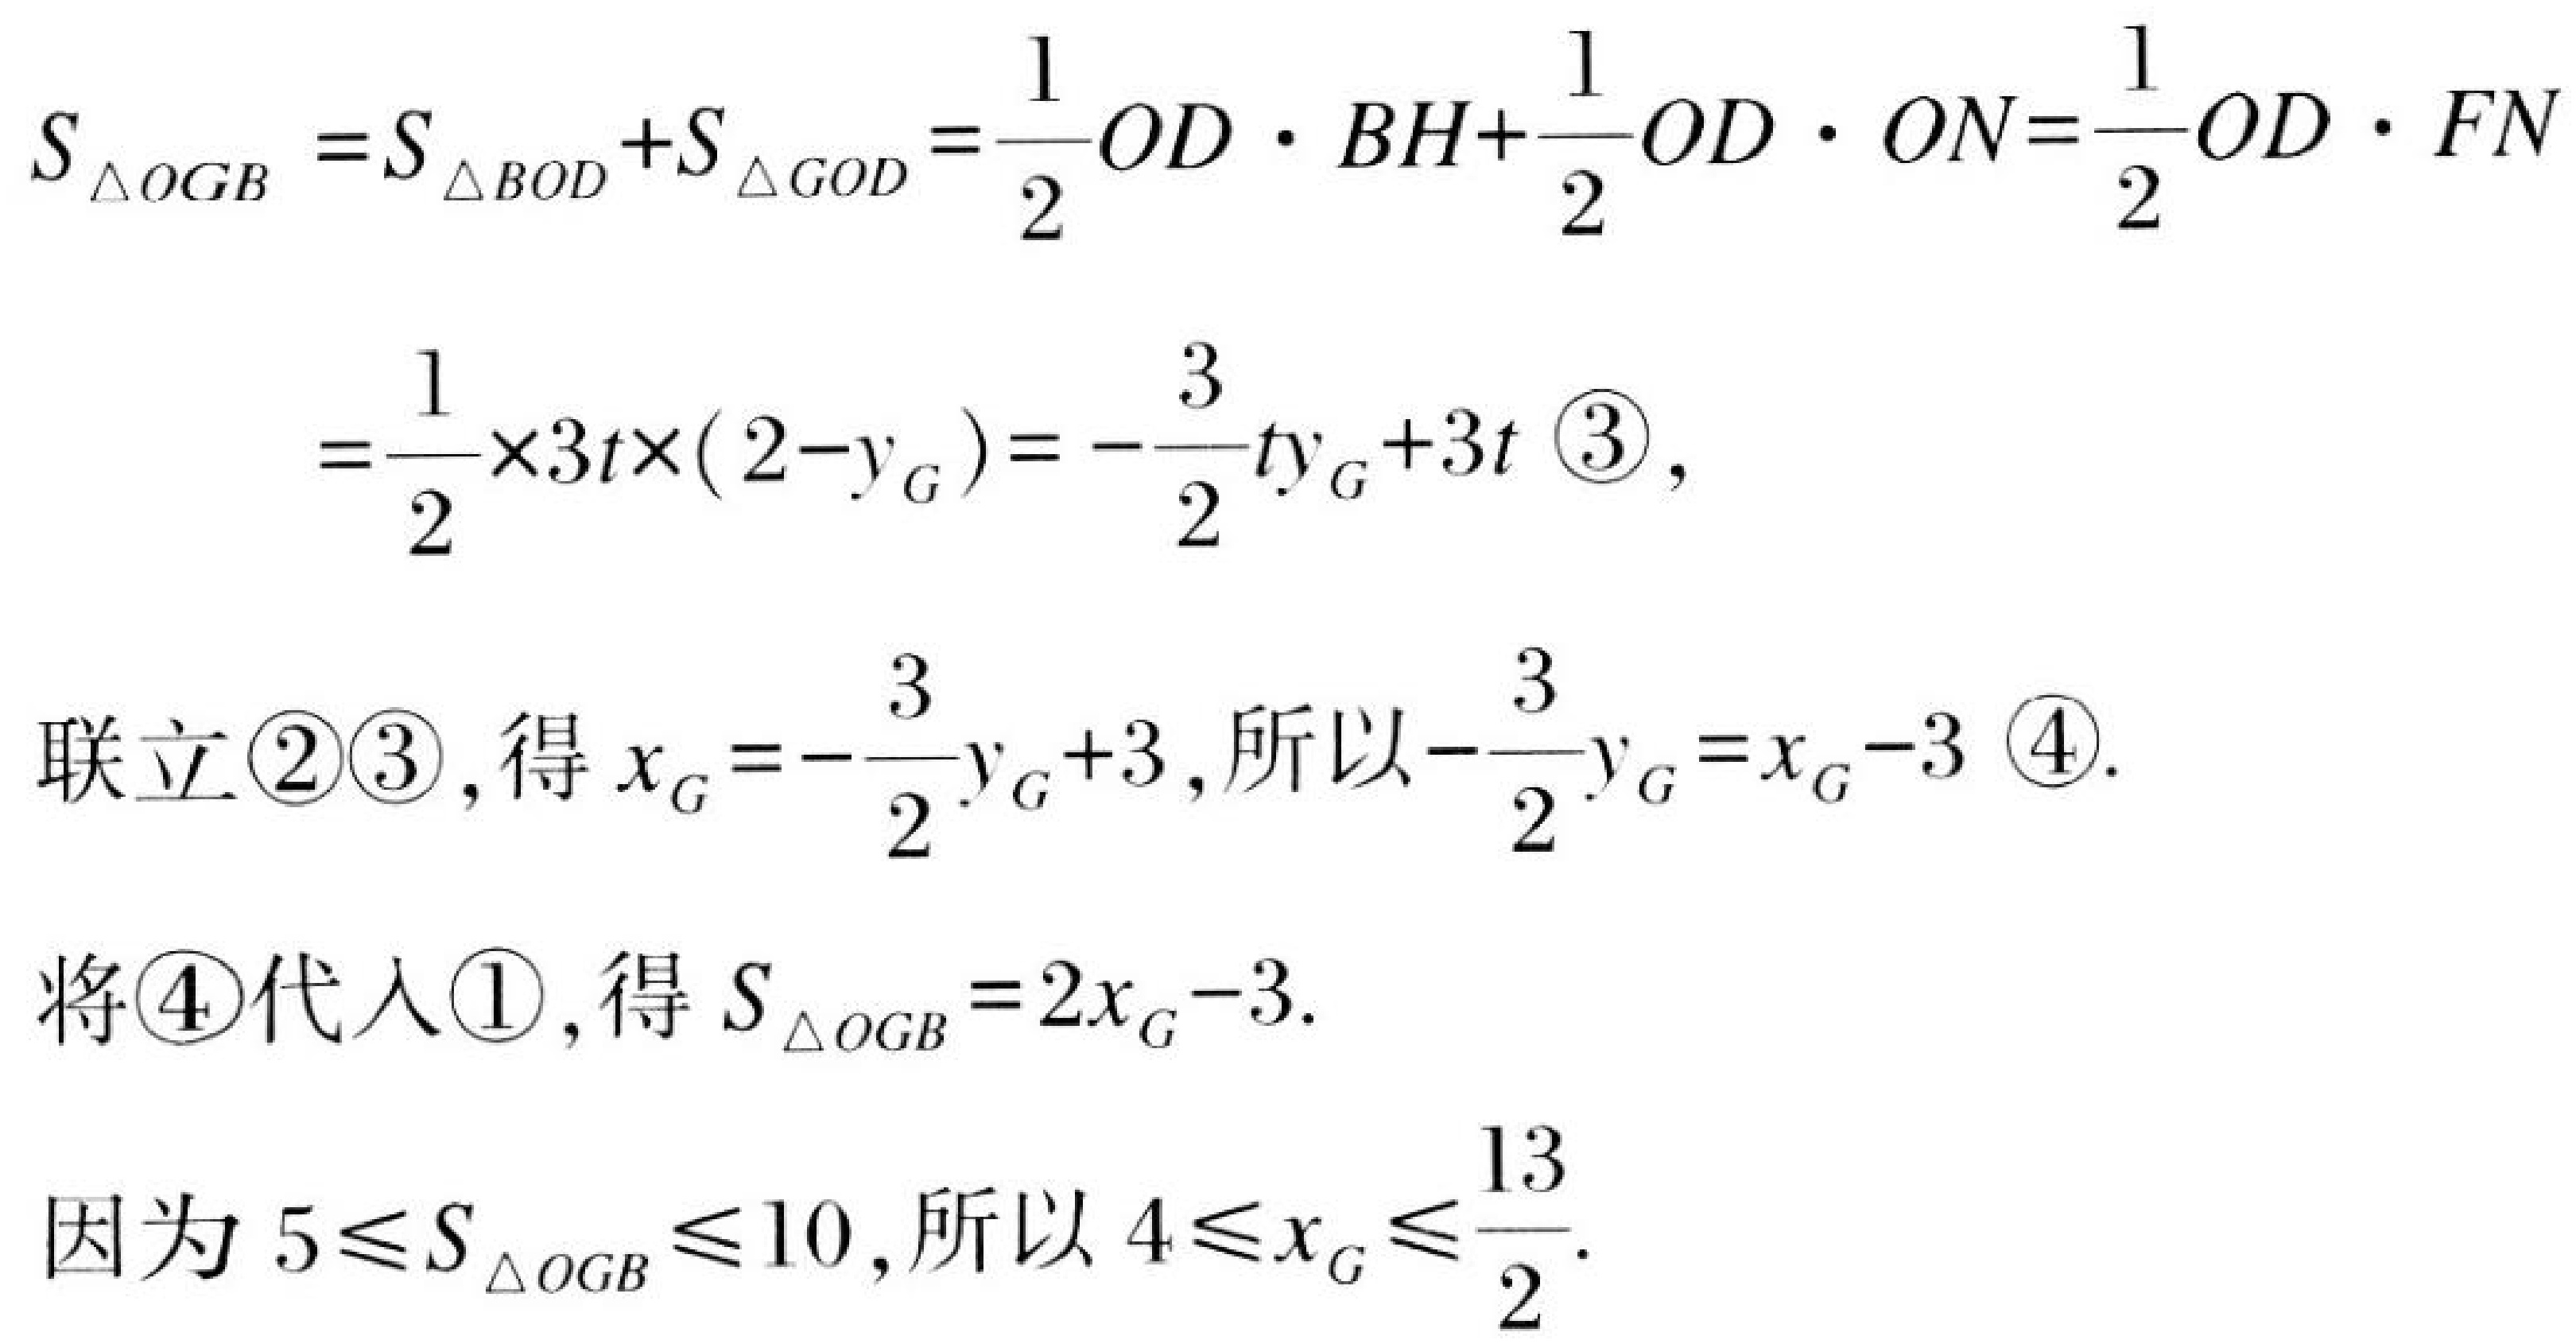
\[
\begin{align*}
S_{\triangle OGB}&=S_{\triangle BOD}+S_{\triangle GOD}=\frac{1}{2}OD\cdot BH + \frac{1}{2}OD\cdot ON=\frac{1}{2}OD\cdot FN\\
&=\frac{1}{2}\times3t\times(2 - y_{G})=-\frac{3}{2}ty_{G}+3t \text{ \textcircled{3}},
\end{align*}
\]
联立\textcircled{2}\textcircled{3}，得\(x_{G}=-\frac{3}{2}y_{G}+3\)，所以\(-\frac{3}{2}y_{G}=x_{G}-3 \text{ \textcircled{4}}\).
将\textcircled{4}代入\textcircled{1}，得\(S_{\triangle OGB}=2x_{G}-3\).
因为\(5\leq S_{\triangle OGB}\leq10\)，所以\(4\leq x_{G}\leq\frac{13}{2}\).